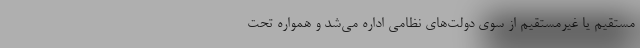
مستقیم یا غیرمستقیم از سوی دولت‌های نظامی اداره می‌شد و همواره تحت